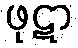
ဖုဋာ